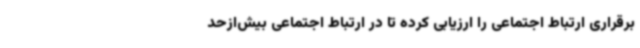
برقراری ارتباط اجتماعی را ارزیابی کرده تا در ارتباط اجتماعی بیش‌ازحد